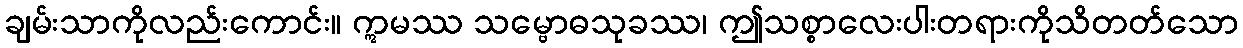
ချမ်းသာကိုလည်းကောင်း။ ဣမဿ သမ္ဗောဓသုခဿ၊ ဤသစ္စာလေးပါးတရားကိုသိတတ်သော